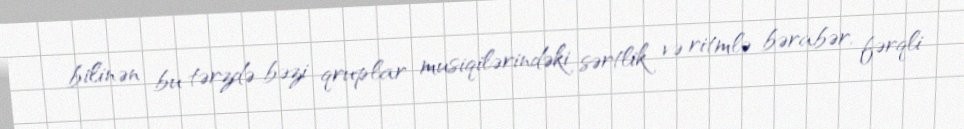
bilinən bu tərzdə bəzi qruplar musiqilərindəki sərtlik və ritmlə bərabər, fərqli